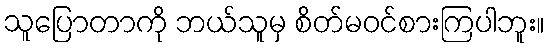
သူပြောတာကို ဘယ်သူမှ စိတ်မဝင်စားကြပါဘူး။